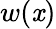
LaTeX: w(\mathit{x})